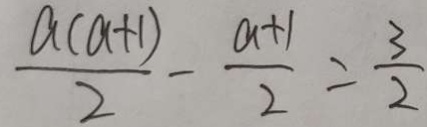
\frac { a ( a + 1 ) } { 2 } - \frac { a + 1 } { 2 } = \frac { 3 } { 2 }